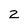
Character: 2